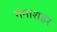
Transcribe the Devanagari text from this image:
गंगाशहर